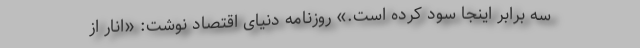
سه برابر اینجا سود کرده است.» روزنامه دنیای اقتصاد نوشت: «انار از